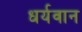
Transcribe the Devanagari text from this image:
धर्यवान